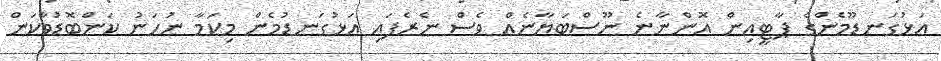
އަޅުގަނޑޫމެންގެ ޕާޓީއިން އޮންނާނެ ނޫސްބަޔާނެއް ވެސް ނެރެފައި އަޅުގަނޑުމެން މިކަމާ ނުހަނު ކަންބޮޑުވާކަން